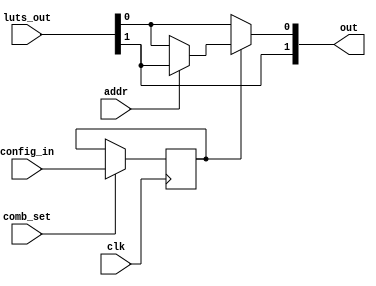
module mux_f_slice #(
    parameter NUM_LUTS=2, 
    parameter MUX_LEVEL=1
) (
    input  [NUM_LUTS-1:0] luts_out,
    input  [MUX_LEVEL-1:0] addr,
    output [NUM_LUTS-1:0] out,

    // Block Style Configuration
    input clk,
    input comb_set,
    input [MUX_LEVEL-1:0] config_in
);

reg [MUX_LEVEL-1:0] config_state;

generate
    if (MUX_LEVEL==1) begin
        assign out[0] = config_state[0] ? (addr[0] ? luts_out[1] : luts_out[0]) : luts_out[0];
        assign out[1] = luts_out[1];
    end else begin
        wire [NUM_LUTS-1:0] intermediate_out;
        localparam HALF_LUTS = NUM_LUTS/2;
        assign out[0] = config_state[MUX_LEVEL-1] ? (addr[MUX_LEVEL-1] ? intermediate_out[HALF_LUTS] : intermediate_out[0]) : intermediate_out[0];
        assign out[NUM_LUTS-1:1] = intermediate_out[NUM_LUTS-1:1];
        mux_f_slice #(
            .NUM_LUTS(HALF_LUTS), .MUX_LEVEL(MUX_LEVEL-1)
        ) mux_lower (
            .luts_out(luts_out[HALF_LUTS-1:0]),
            .addr(addr[MUX_LEVEL-2:0]),
            .out(intermediate_out[HALF_LUTS-1:0]),
            .clk(clk),
            .comb_set(comb_set),
            .config_in(config_in[MUX_LEVEL-2:0])
        );
        mux_f_slice #(
            .NUM_LUTS(HALF_LUTS), .MUX_LEVEL(MUX_LEVEL-1)
        ) mux_higher (
            .luts_out(luts_out[NUM_LUTS-1:HALF_LUTS]),
            .addr(addr[MUX_LEVEL-2:0]),
            .out(intermediate_out[NUM_LUTS-1:HALF_LUTS]),
            .clk(clk),
            .comb_set(comb_set),
            .config_in(config_in[MUX_LEVEL-2:0])
        );
    end
endgenerate

always @(posedge clk) begin
    if (comb_set) begin
        config_state <= config_in;
    end
end

endmodule